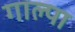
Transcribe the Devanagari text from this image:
गाल्पा